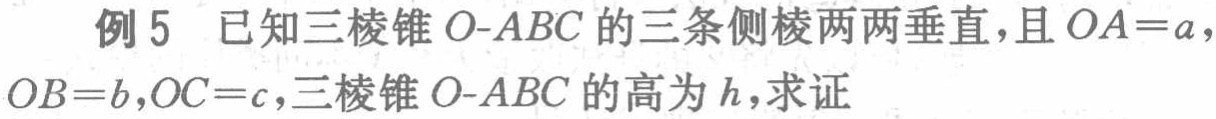
例5 已知三棱锥\(O - ABC\)的三条侧棱两两垂直，且\(OA = a\)，\(OB = b\)，\(OC = c\)，三棱锥\(O - ABC\)的高为\(h\)，求证